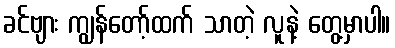
ခင်ဗျား ကျွန်တော့်ထက် သာတဲ့ လူနဲ့ တွေ့မှာပါ။